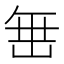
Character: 𮉰